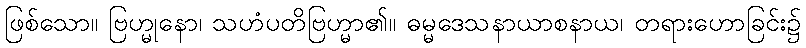
ဖြစ်သော။ ဗြဟ္မုနော၊ သဟံပတိဗြဟ္မာ၏။ ဓမ္မဒေသနာယာစနာယ၊ တရားဟောခြင်း၌